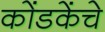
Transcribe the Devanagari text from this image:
कोंडकेंचे